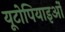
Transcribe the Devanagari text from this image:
यूटोपियाइओं